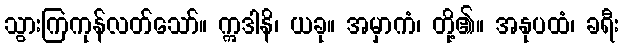
သွားကြကုန်လတ်သော်။ ဣဒါနိ၊ ယခု။ အမှာကံ၊ တို့၏။ အနုပထံ၊ ခရီး